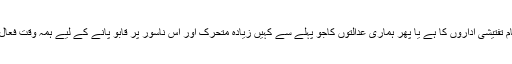
یہ کام تفتیشی اداروں کا ہے یا پھر ہماری عدالتوں کاجو پہلے سے کہیں زیادہ متحرک اور اِس ناسور پر قابو پانے کے لیے ہمہ وقت فعال ہیں۔